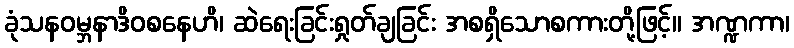
ခုံသနဝမ္ဘနာဒိဝစနေဟိ၊ ဆဲရေးခြင်းရှုတ်ချခြင်း အစရှိသောစကားတို့ဖြင့်။ အဏ္ဍကာ၊